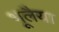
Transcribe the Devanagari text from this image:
भूलैया